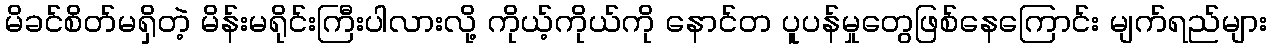
မိခင်စိတ်မရှိတဲ့ မိန်းမရိုင်းကြီးပါလားလို့ ကိုယ့်ကိုယ်ကို နောင်တ ပူပန်မှုတွေဖြစ်နေကြောင်း မျက်ရည်များ